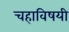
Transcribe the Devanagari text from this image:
चहाविषयी